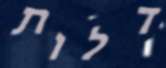
דלות